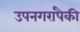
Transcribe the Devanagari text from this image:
उपनगरांपैकी